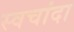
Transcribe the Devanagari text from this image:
स्वचांदा